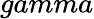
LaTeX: gamma